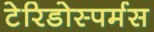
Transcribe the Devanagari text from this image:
टेरिडोस्पर्मस